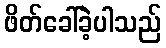
ဖိတ်ခေါ်ခဲ့ပါသည်